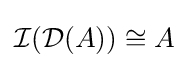
{\mathcal {I}}({\mathcal {D}}(A))\cong A